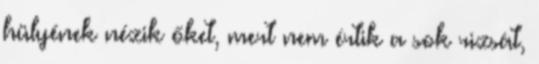
hülyének nézik őket, mert nem értik a sok rizsát,